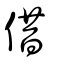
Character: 借